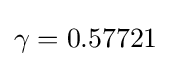
\gamma =0.57721